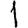
Digit: 1